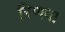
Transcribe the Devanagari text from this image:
रिणवा